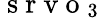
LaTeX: {\mathrm{~s~r~v~o~}}_{3}